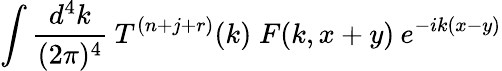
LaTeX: \int\frac{d^{4}k}{(2\pi)^{4}}\: T^{(n+j+r)}(k)\; F(k,x+y)\: e^{-ik(x-y)}